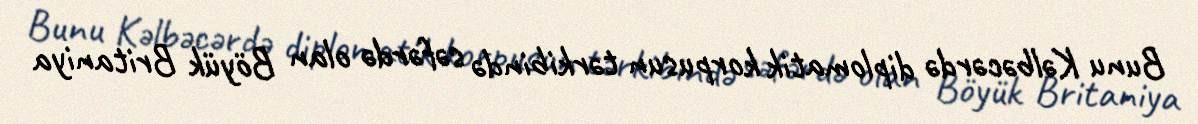
Bunu Kəlbəcərdə diplomatik korpusun tərkibində səfərdə olan Böyük Britaniya